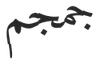
جمجم